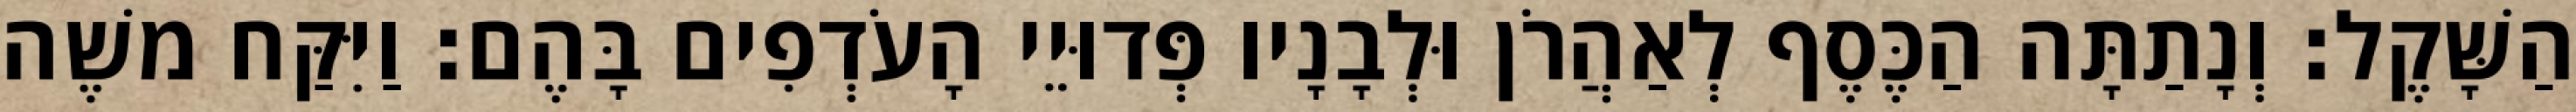
הַשָּׁקֶל׃ וְנָתַתָּה הַכֶּסֶף לְאַהֲרֹן וּלְבָנָיו פְּדוּיֵי הָעֹדְפִים בָּהֶם׃ וַיִּקַּח משֶׁה